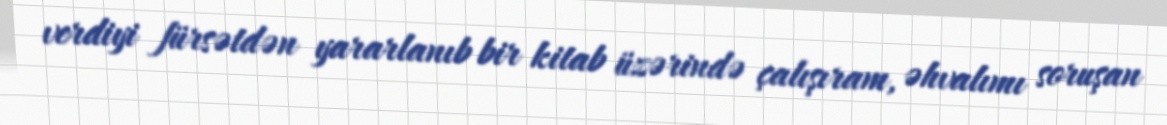
verdiyi fürsətdən yararlanıb bir kitab üzərində çalışıram, əhvalımı soruşan